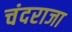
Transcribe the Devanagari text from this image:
चंदराजा